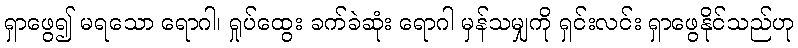
ရှာဖွေ၍ မရသော ရောဂါ၊ ရှုပ်ထွေး ခက်ခဲဆုံး ရောဂါ မှန်သမျှကို ရှင်းလင်း ရှာဖွေနိုင်သည်ဟု